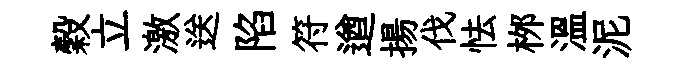
穀立激送陷符遒揚伐怯桞温泥